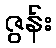
ဇွန်း